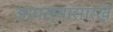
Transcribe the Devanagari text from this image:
आपल्यासारखे